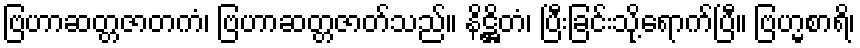
ဗြဟာဆတ္တဇာတကံ၊ ဗြဟာဆတ္တဇာတ်သည်။ နိဋ္ဌိတံ၊ ပြီးခြင်းသို့ရောက်ပြီ။ ဗြဟ္မစာရိ၊